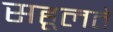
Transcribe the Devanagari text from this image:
सहूलतें